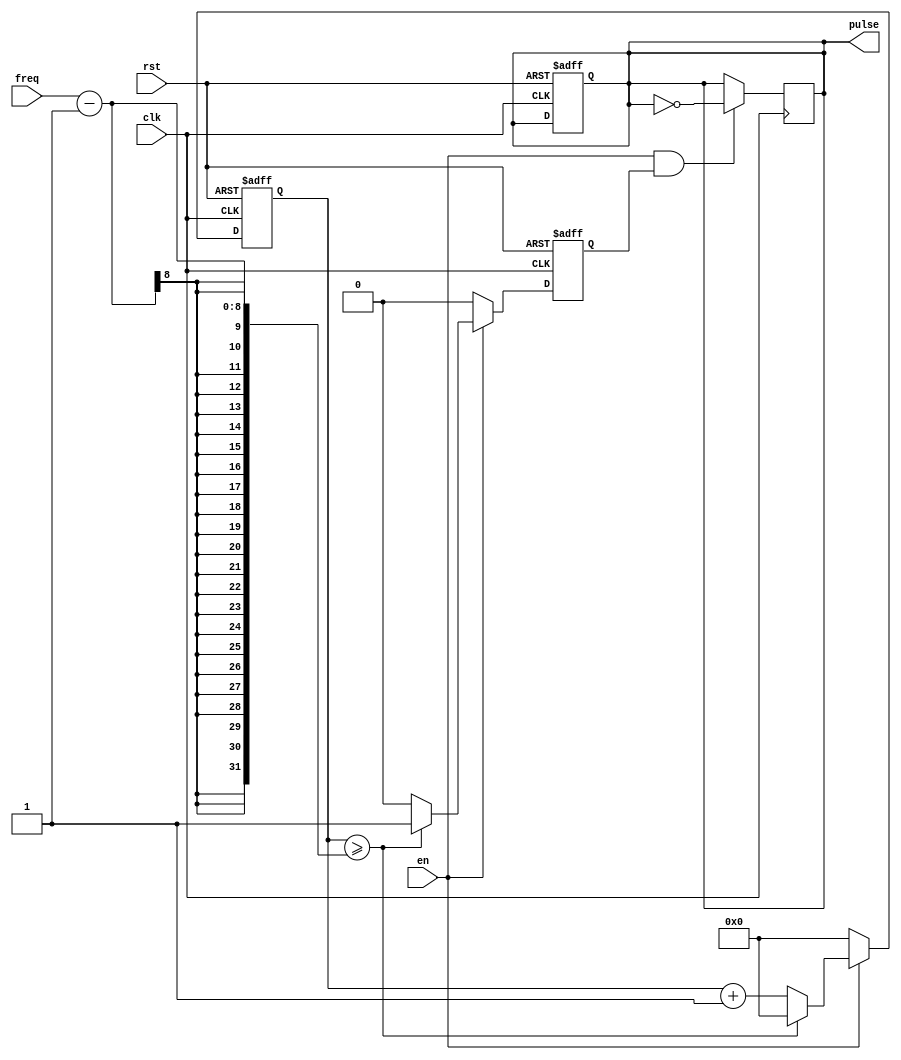
module Variable_Frequency_Pulse_Generator (
    input wire clk,        // Clock input
    input wire rst,        // Reset input
    input wire en,         // Enable input
    input wire [7:0] freq, // Frequency input
    output reg pulse       // Output pulse signal
);

reg [7:0] count;           // Counter for timing control
reg sync;                  // Synchronization signal

always @(posedge clk or posedge rst) begin
    if (rst) begin
        count <= 8'b0;    // Reset counter
        sync <= 1'b0;     // Reset synchronization signal
        pulse <= 1'b0;    // Reset output pulse
    end else begin
        if (en) begin
            if (count >= freq - 1) begin
                count <= 8'b0;
                sync <= 1'b1;
            end else begin
                count <= count + 1;
                sync <= 1'b0;
            end
        end else begin
            count <= 8'b0;
            sync <= 1'b0;
        end
    end
end

always @(posedge clk) begin
    if (en && sync) begin
        pulse <= ~pulse;   // Toggle output pulse
    end
end

endmodule